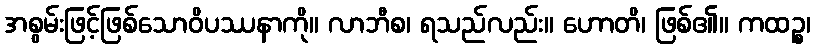
အစွမ်းဖြင့်ဖြစ်သောဝိပဿနာကို။ လာဘီစ၊ ရသည်လည်း။ ဟောတိ၊ ဖြစ်၏။ ကထဉ္စ၊